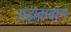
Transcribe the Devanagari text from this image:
अझकबान